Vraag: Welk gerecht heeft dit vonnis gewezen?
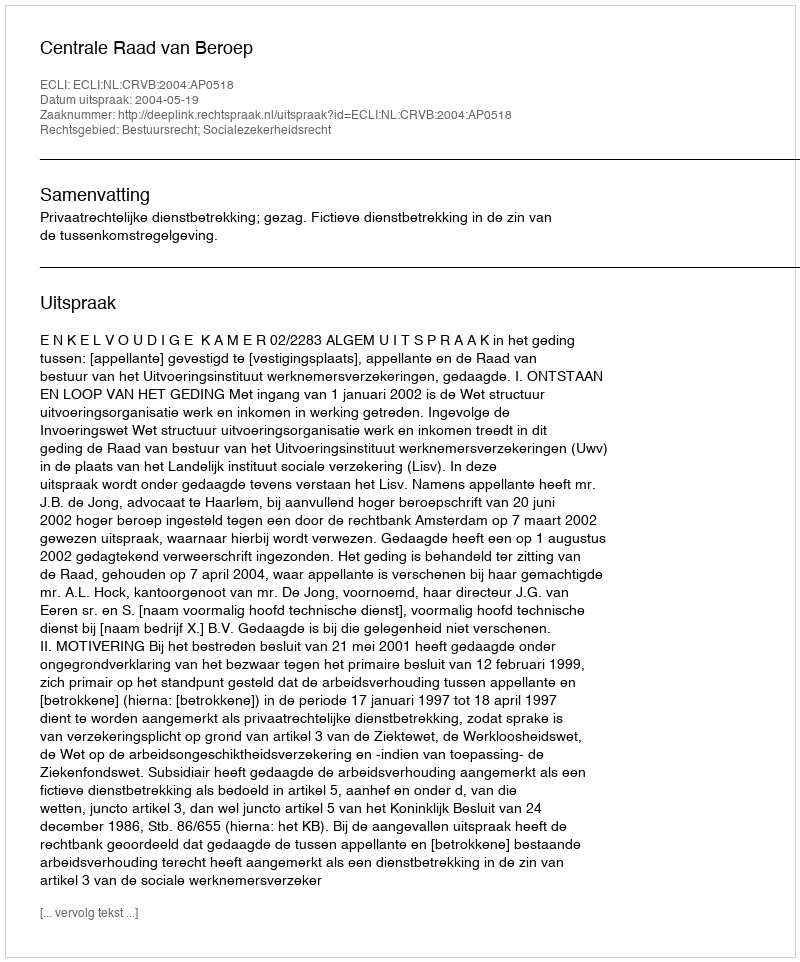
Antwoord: Centrale Raad van Beroep